Civil Veterinary Dept. Bombay admin report 1893-99 - 1893-1899
Year: 1893
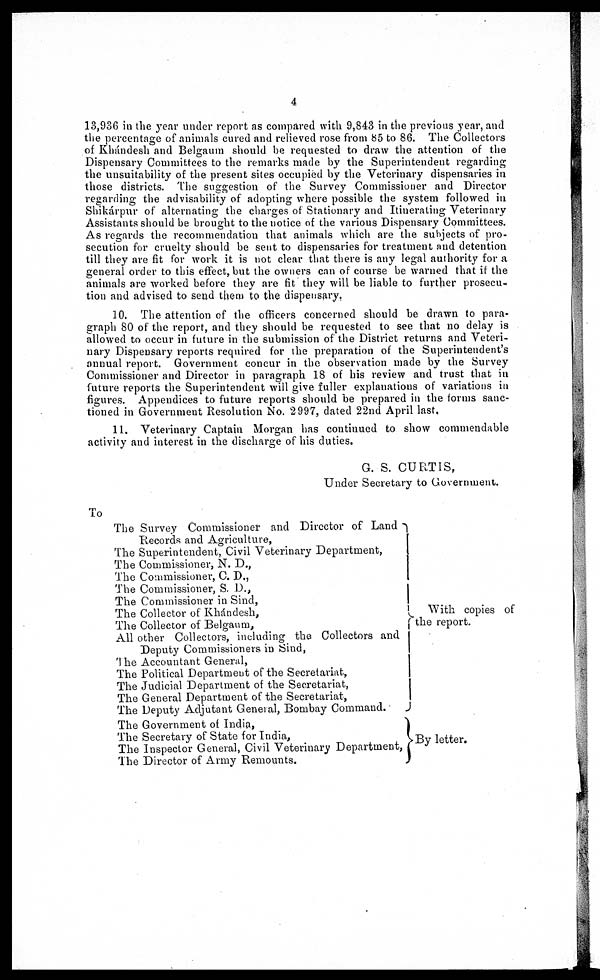
4
13,936 in the year under report as compared with 9,843 in the previous year, and
the percentage of animals cured and relieved rose from 85 to 86. The Collectors
of Khándesh and Belgaum should be requested to draw the attention of the
Dispensary Committees to the remarks made by the Superintendent regarding
the unsuitability of the present sites occupied by the Veterinary dispensaries in
those districts. The suggestion of the Survey Commissioner and Director
regarding the advisability of adopting where possible the system followed in
Shikárpur of alternating the charges of Stationary and Itinerating Veterinary
Assistants should be brought to the notice of the various Dispensary Committees.
As regards the recommendation that animals which are the subjects of pro-
secution for cruelty should be sent to dispensaries for treatment and detention
till they are fit for work it is not clear that there is any legal authority for a
general order to this effect, but the owners can of course be warned that if the
animals are worked before they are fit they will be liable to further prosecu-
tion and advised to send them to the dispensary.
10. The attention of the officers concerned should be drawn to para-
graph 80 of the report, and they should be requested to see that no delay is
allowed to occur in future in the submission of the District returns and Veteri-
nary Dispensary reports required for the preparation of the Superintendent's
annual report. Government concur in the observation made by the Survey
Commissioner and Director in paragraph 18 of his review and trust that in
future reports the Superintendent will give fuller explanations of variations in
figures.
Appendices to future reports should be prepared in the forms sanc-
tioned in Government Resolution No. 2997, dated 22nd April last.
11. Veterinary Captain Morgan has continued to show commendable
activity and interest in the discharge of his duties.
G. S. CURTIS,
Under Secretary to Government.
To
The Survey Commissioner and Director of Land
Records and Agriculture,
The Superintendent, Civil Veterinary Department,
The Commissioner, N. D.,
The Commissioner, C. D.,
The Commissioner, S. D.,
The Commissioner in Sind,
The Collector of Khándesh,
The Collector of Belgaum,
All other Collectors, including the Collectors and
Deputy Commissioners in Sind,
The Accountant General,
The Political Department of the Secretariat,
The Judicial Department of the Secretariat,
The General Department of the Secretariat,
The Deputy Adjutant General, Bombay Command.
The Government of
India,
The Secretary of State for India,
The Inspector General, Civil Veterinary Department,
The Director of Army Remounts.
With copies of
the report.
By letter.